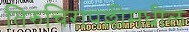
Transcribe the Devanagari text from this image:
तिरुचिरापल्लीमधील